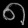
Digit: ၈